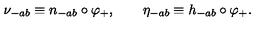
\nu _ { - a b } \equiv n _ { - a b } \circ \varphi _ { + } , \qquad \eta _ { - a b } \equiv h _ { - a b } \circ \varphi _ { + } .